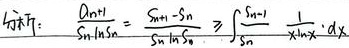
提示：\(\frac{a_{n + 1}}{S_n\ln S_n}=\frac{S_{n + 1}-S_n}{S_n\ln S_n}\geqslant\int_{S_n}^{S_{n + 1}}\frac{1}{x\ln x}dx\)